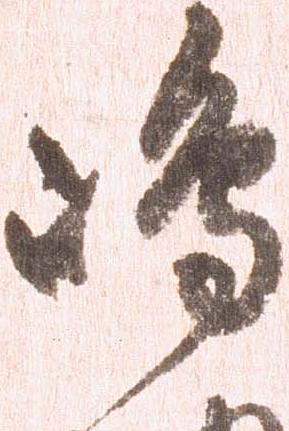
嶋